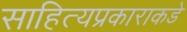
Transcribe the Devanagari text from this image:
साहित्यप्रकाराकडे